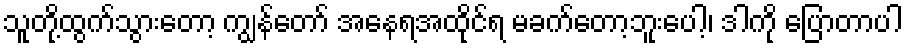
သူတို့ထွက်သွားတော့ ကျွန်တော် အနေရအထိုင်ရ မခက်တော့ဘူးပေါ့၊ ဒါကို ပြောတာပါ